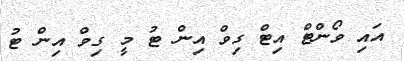
އައި ވޯންޓް އިޓް ގިވް އިން ޓު މީ ގިވް އިން ޓު